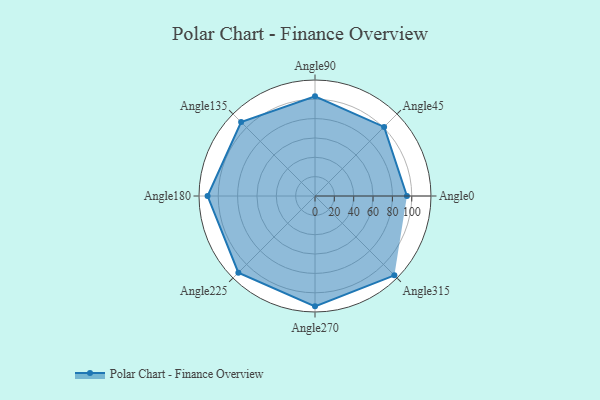
{"axis": {"x": "Angle", "y": "Radius"}, "legend": [""], "data": [{"x": "Angle0", "y": 95.0, "type": ""}, {"x": "Angle45", "y": 101.0, "type": ""}, {"x": "Angle90", "y": 103.0, "type": ""}, {"x": "Angle135", "y": 108.0, "type": ""}, {"x": "Angle180", "y": 111.0, "type": ""}, {"x": "Angle225", "y": 112.0, "type": ""}, {"x": "Angle270", "y": 114.0, "type": ""}, {"x": "Angle315", "y": 116.0, "type": ""}]}